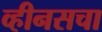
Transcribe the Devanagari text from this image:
व्हीनसचा